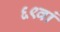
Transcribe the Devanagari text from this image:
६९वां